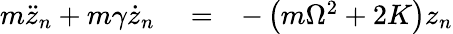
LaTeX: \begin{array}{rlr}{m\ddot{z}_{n}+m\gamma\dot{z}_{n}}&{{}=}&{-\left(m\Omega^{2}+2K\right)z_{n}}\end{array}